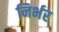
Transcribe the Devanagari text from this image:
निर्भर